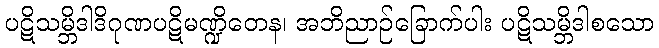
ပဋိသမ္ဘိဒါဒိဂုဏပဋိမဏ္ဍိတေန၊ အဘိညာဉ်ခြောက်ပါး ပဋိသမ္ဘိဒါစသော